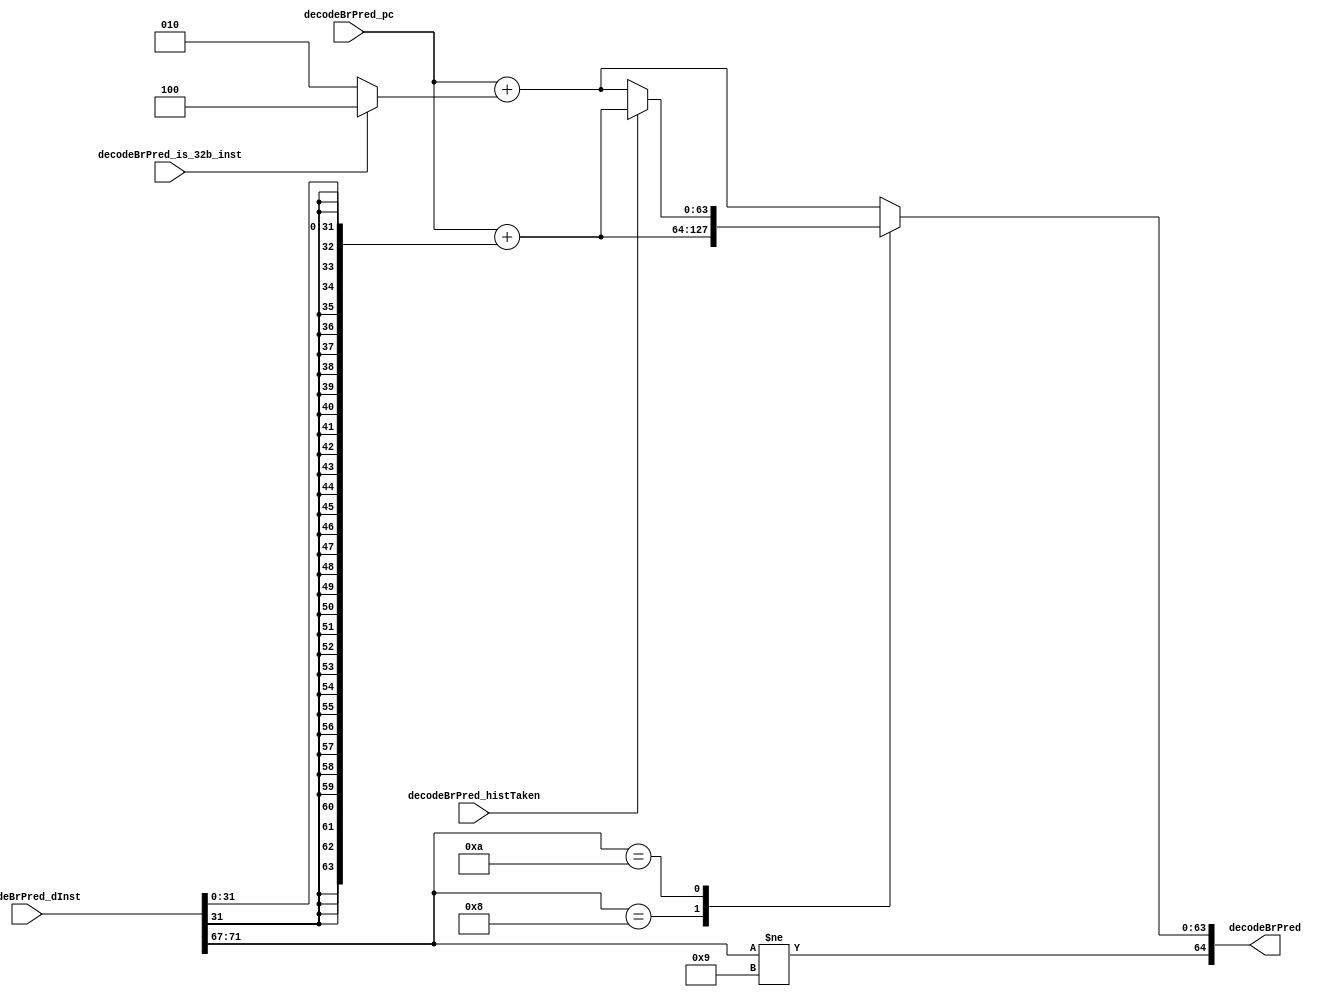
//
// Generated by Bluespec Compiler, version 2019.05.beta2 (build a88bf40db, 2019-05-24)
//
//
//
//
// Ports:
// Name                         I/O  size props
// decodeBrPred                   O    65
// decodeBrPred_pc                I    64
// decodeBrPred_dInst             I    72
// decodeBrPred_histTaken         I     1
// decodeBrPred_is_32b_inst       I     1
//
// Combinational paths from inputs to outputs:
//   (decodeBrPred_pc,
//    decodeBrPred_dInst,
//    decodeBrPred_histTaken,
//    decodeBrPred_is_32b_inst) -> decodeBrPred
//
//

`ifdef BSV_ASSIGNMENT_DELAY
`else
  `define BSV_ASSIGNMENT_DELAY
`endif

`ifdef BSV_POSITIVE_RESET
  `define BSV_RESET_VALUE 1'b1
  `define BSV_RESET_EDGE posedge
`else
  `define BSV_RESET_VALUE 1'b0
  `define BSV_RESET_EDGE negedge
`endif

module module_decodeBrPred(decodeBrPred_pc,
			   decodeBrPred_dInst,
			   decodeBrPred_histTaken,
			   decodeBrPred_is_32b_inst,
			   decodeBrPred);
  // value method decodeBrPred
  input  [63 : 0] decodeBrPred_pc;
  input  [71 : 0] decodeBrPred_dInst;
  input  decodeBrPred_histTaken;
  input  decodeBrPred_is_32b_inst;
  output [64 : 0] decodeBrPred;

  // signals for module outputs
  wire [64 : 0] decodeBrPred;

  // remaining internal signals
  reg [63 : 0] CASE_decodeBrPred_dInst_BITS_71_TO_67_8_jTarge_ETC__q2;
  wire [63 : 0] imm_val__h25, jTarget__h45, pcPlusN__h24;
  wire [31 : 0] decodeBrPred_dInst_BITS_31_TO_0__q1;

  // value method decodeBrPred
  assign decodeBrPred =
	     { decodeBrPred_dInst[71:67] != 5'd9,
	       CASE_decodeBrPred_dInst_BITS_71_TO_67_8_jTarge_ETC__q2 } ;

  // remaining internal signals
  assign decodeBrPred_dInst_BITS_31_TO_0__q1 = decodeBrPred_dInst[31:0] ;
  assign imm_val__h25 =
	     { {32{decodeBrPred_dInst_BITS_31_TO_0__q1[31]}},
	       decodeBrPred_dInst_BITS_31_TO_0__q1 } ;
  assign jTarget__h45 = decodeBrPred_pc + imm_val__h25 ;
  assign pcPlusN__h24 =
	     decodeBrPred_pc + (decodeBrPred_is_32b_inst ? 64'd4 : 64'd2) ;
  always@(decodeBrPred_dInst or
	  pcPlusN__h24 or jTarget__h45 or decodeBrPred_histTaken)
  begin
    case (decodeBrPred_dInst[71:67])
      5'd8:
	  CASE_decodeBrPred_dInst_BITS_71_TO_67_8_jTarge_ETC__q2 =
	      jTarget__h45;
      5'd10:
	  CASE_decodeBrPred_dInst_BITS_71_TO_67_8_jTarge_ETC__q2 =
	      decodeBrPred_histTaken ? jTarget__h45 : pcPlusN__h24;
      default: CASE_decodeBrPred_dInst_BITS_71_TO_67_8_jTarge_ETC__q2 =
		   pcPlusN__h24;
    endcase
  end
endmodule  // module_decodeBrPred